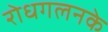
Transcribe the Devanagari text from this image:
रोधगलनके